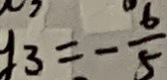
y _ { 3 } = - \frac { 6 } { 5 }